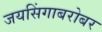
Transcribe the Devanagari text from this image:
जयसिंगाबरोबर